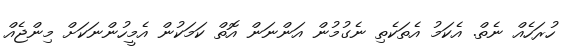
ހުރަހެއް ނެތް. އެކަމު އެތަކެތި ނެގުމުން އަންނަން އޮތް ކަމަކުން އެމީހުންނަކަށް މިންޖެއް